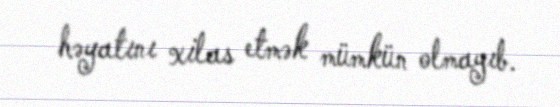
həyatını xilas etmək mümkün olmayıb.